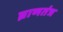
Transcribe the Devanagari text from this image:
घ्राणतंत्र